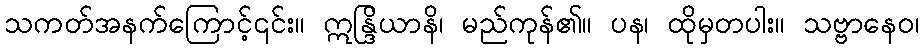
သကတ်အနက်ကြောင့်၎င်း။ ဣန္ဒြိယာနိ၊ မည်ကုန်၏။ ပန၊ ထိုမှတပါး။ သဗ္ဗာနေဝ၊